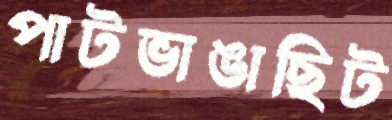
পাটভাঙাছিট